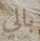
بالي